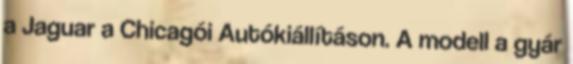
a Jaguar a Chicagói Autókiállításon. A modell a gyár